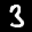
Label: 3